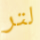
لتر